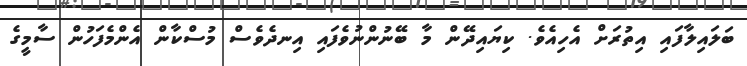
ބަލައިލާފައި އިތުރަށް އެހިއެވެ. ކިޔައިދޭން މާ ބޭނުންނުވެފައި އިނދެވެސް މުސްކާން އެންމެފަހުން ސާމީގެ